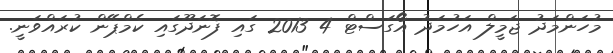
މުހަންމަދު ޖަމީލް އަހުމަދު އޯގަސްޓް 4 2013 ގައި ފޮނަދޫގައި ކެމްޕޭން ކުރައްވަނީ.